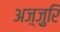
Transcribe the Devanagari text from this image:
अज़्ज़ुरि